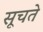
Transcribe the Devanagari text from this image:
सूचते